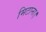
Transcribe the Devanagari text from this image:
मिटाना।